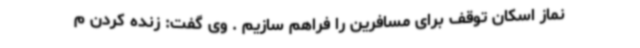
نماز اسکان توقف برای مسافرین را فراهم سازیم . وی گفت: زنده کردن م